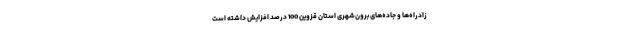
زادراه‌ها و جاده‌های برون‌شهری استان قزوین 100 درصد افزایش داشته است